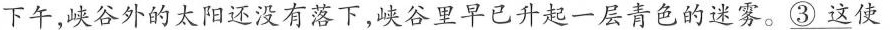
下午,峡谷外的太阳还没有落下,峡谷里早已升起一层青色的迷雾。\underline{3 这}使